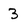
Character: 3